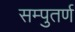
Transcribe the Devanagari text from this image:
सम्पुतर्ण